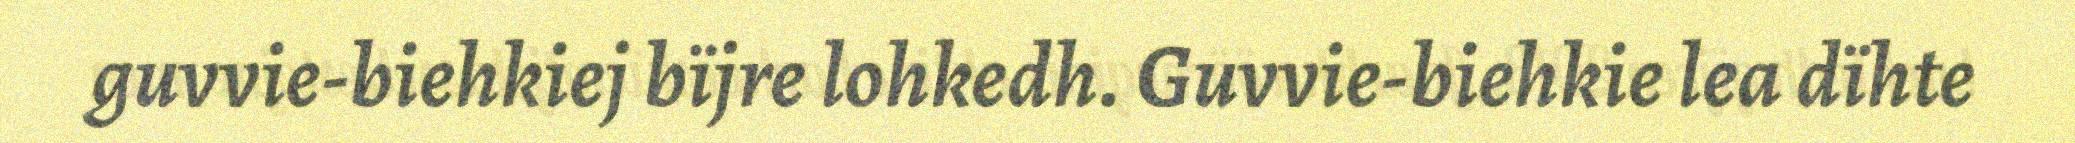
guvvie-biehkiej bïjre lohkedh. Guvvie-biehkie lea dïhte